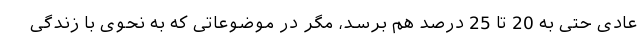
عادی حتی به 20 تا 25 درصد هم برسد، مگر در موضوعاتی که به نحوی با زندگی